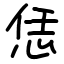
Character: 恁